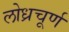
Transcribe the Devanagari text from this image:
लोध्रचूर्ण